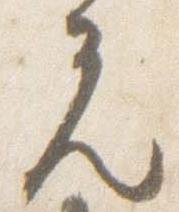
元